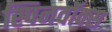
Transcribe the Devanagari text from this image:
स्पिनवॉक्स